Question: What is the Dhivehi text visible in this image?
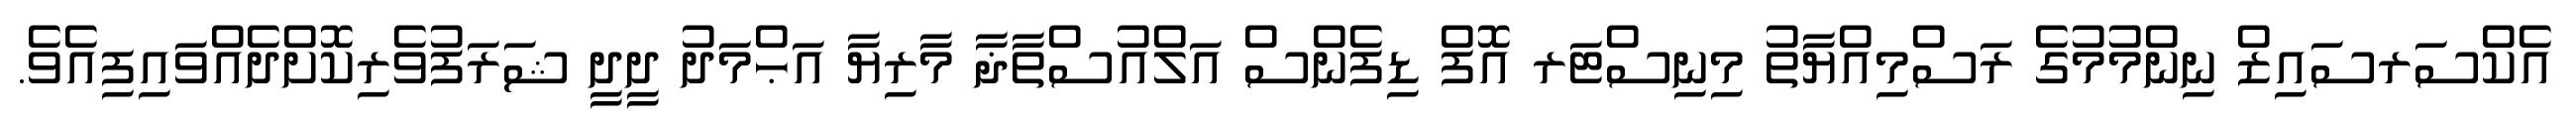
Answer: އެކްސަރސައިޒް ނިންމުމުގެ ރަސްމިއްޔާތު މިނިސްޓަރ އޮފް ޑިފެންސް އަލްއުސްތާޛާ މާރިޔާ އަޙްމަދު ދީދީ ޝަރަފުވެރިކޮށްދެއްވައިފިއެވެ.